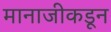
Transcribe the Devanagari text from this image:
मानाजीकडून